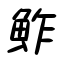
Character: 鮓